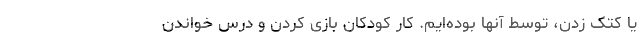
یا کتک زدن، توسط آنها بوده‌ایم. کار کودکان بازی کردن و درس خواندن